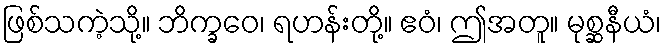
ဖြစ်သကဲ့သို့။ ဘိက္ခဝေ၊ ရဟန်းတို့။ ဧဝံ၊ ဤအတူ။ မုစ္ဆနီယံ၊